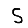
Digit: 5